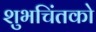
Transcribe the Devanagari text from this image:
शुभचिंतको